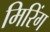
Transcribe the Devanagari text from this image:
मिरिंग